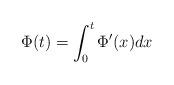
LaTeX: \begin{align*}\Phi(t) = \int_0^t \Phi'(x) dx\end{align*}